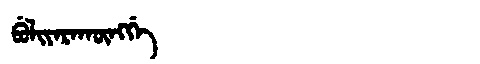
Manchu: ᠪᡠᠯᡳᠶᠠᡵᠠᡴᡡᠩᡤᡝ
Romanization: BULIYARAKŪNGGE